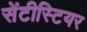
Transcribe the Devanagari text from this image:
सेंटीस्टियर